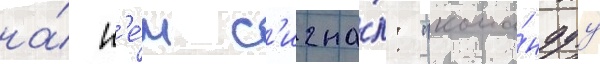
на́ н'е́м с'игна́л: "кома́ндуу